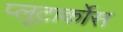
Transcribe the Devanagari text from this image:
प्लूटार्कोस